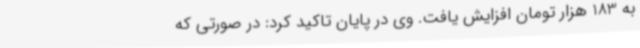
به 183 هزار تومان افزایش یافت. وی در پایان تاکید کرد: در صورتی که